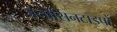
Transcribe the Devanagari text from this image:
जेनोसिनटाइपों